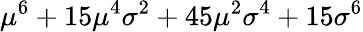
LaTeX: \mu^{6}+15\mu^{4}\sigma^{2}+45\mu^{2}\sigma^{4}+15\sigma^{6}